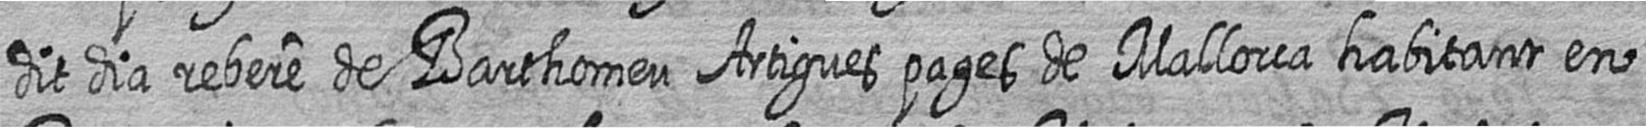
dit dia rebere de Barthomeu Artigues pages de Mallorca habitant en